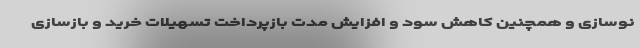
نوسازی و همچنین کاهش سود و افزایش مدت بازپرداخت تسهیلات خرید و بازسازی